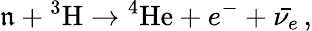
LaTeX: \mathfrak{n}+{^3{\mathrm{{H}}}}\rightarrow{^4{\mathrm{{He}}}}+e^{-}+\bar{{\nu_{e}}}\, ,